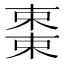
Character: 𬃷